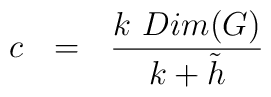
c ~~=~~ {{k ~ Dim(G)}\over{k + {\tilde h}}}